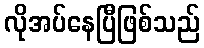
လိုအပ်နေပြီဖြစ်သည်